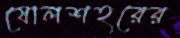
ষোলশহরের